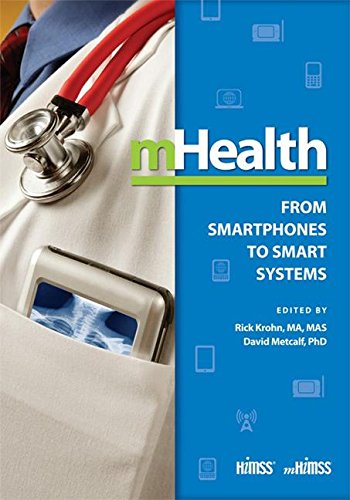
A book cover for mHealth: From Smartphones to Smart Systems; Medical Books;